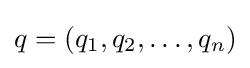
q=(q_{1},q_{2},\ldots ,q_{n})